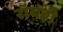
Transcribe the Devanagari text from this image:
रॉयही